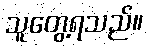
သူတွေ့ရသည်။